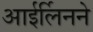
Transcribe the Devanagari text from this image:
आईर्लिनने